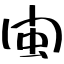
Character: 閩